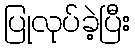
ပြုလုပ်ခဲ့ပြီး